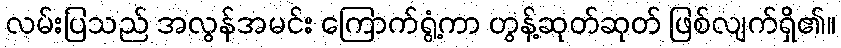
လမ်းပြသည် အလွန်အမင်း ကြောက်ရွံ့ကာ တွန့်ဆုတ်ဆုတ် ဖြစ်လျက်ရှိ၏။